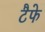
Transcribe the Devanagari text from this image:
टैफे